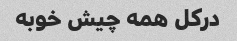
درکل همه چیش خوبه